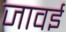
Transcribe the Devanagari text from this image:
जावई